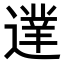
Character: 𨖐